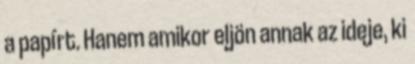
a papírt. Hanem amikor eljön annak az ideje, ki